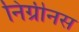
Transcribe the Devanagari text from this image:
निग्रीनस